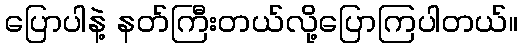
ပြောပါနဲ့ နတ်ကြီးတယ်လို့ပြောကြပါတယ်။